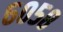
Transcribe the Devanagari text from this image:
६०५८